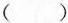
( )